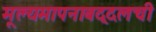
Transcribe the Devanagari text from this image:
मूल्यमापनाबद्दलची